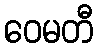
ဝေမတီ